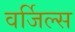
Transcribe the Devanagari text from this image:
वर्जिल्स